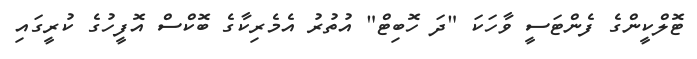
ޓޮލްކީންގެ ފެންޓަސީ ވާހަކަ "ދަ ހޮބިޓް" އުތުރު އެމެރިކާގެ ބޮކްސް އޮފީހުގެ ކުރީގައި